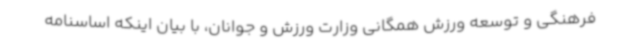
فرهنگی و توسعه ورزش همگانی وزارت ورزش و جوانان، با بیان اینکه اساسنامه